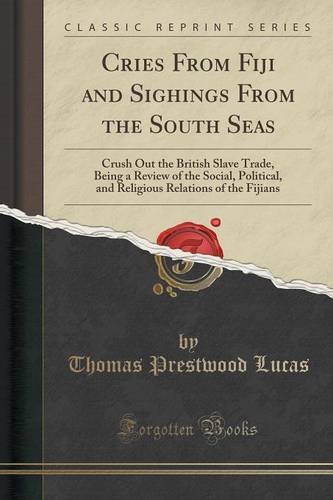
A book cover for Cries From Fiji and Sighings From the South Seas: Crush Out the British Slave Trade, Being a Review of the Social, Political, and Religious Relations of the Fijians (Classic Reprint); Thomas Prestwood Lucas; History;